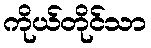
ကိုယ်တိုင်သာ